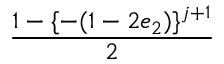
\displaystyle \frac { 1 - \{ - ( 1 - 2 e _ { 2 } ) \} ^ { j + 1 } } { 2 }